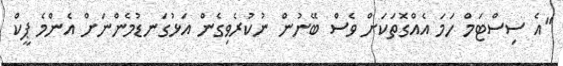
"އެ ސިސްޓަމް ހަމަ އެއްގޮތަކަށް ވެސް ބޭނުން ނުކުރެވިގެން އަޅުގަނޑުމެންނަށް އެންމެ ޕީކް